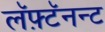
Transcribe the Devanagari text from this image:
लॅफ़्टॅनन्ट